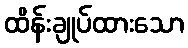
ထိန်းချုပ်ထားသော